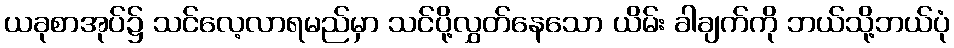
ယခုစာအုပ်၌ သင်လေ့လာရမည်မှာ သင်ပို့လွှတ်နေသော ယိမ်း ခါချက်ကို ဘယ်သို့ဘယ်ပုံ